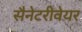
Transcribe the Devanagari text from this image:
सैनेटरीवेयर